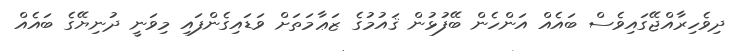
ދިވެހިރާއްޖޭގައިވެސް ބައެއް އަންހެން ބޭފުޅުން ޤައުމުގެ ޒަޢާމަތަށް ވަޑައިގެންފައި މިވަނީ ދުނިޔޭގެ ބައެއް